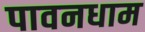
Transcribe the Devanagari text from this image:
पावनधाम